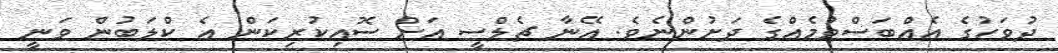
ދުވަހުގެ އެއްބަސްވުމެއްގެ ދަށުންނެވެ. އޭނާ ޗެލްސީ އަށް ސޮއިކުރިކަން އެ ކްލަބުން ވަނީ